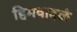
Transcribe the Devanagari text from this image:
हिमवादळे